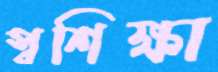
স্বশিক্ষা